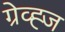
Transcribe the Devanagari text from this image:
ग्रेव्ह्ज